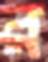
র